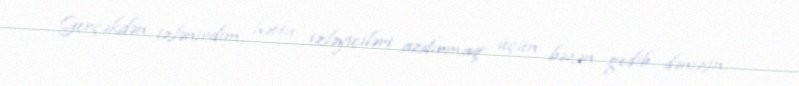
Gerçəkdən izlənirdim, hətta izləyiciləri azdırmaq üçün bəzən gedib dənizin,